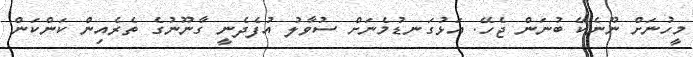
މީހުނަށް ނޫނެކޭ ބުނަން ޖެހޭ. އަޅުގަނޑުމެނަށް ސުވާލު އުފެދެނީ ގާނޫނުގެ ތެރެއިން ކަންކަން